Report on sanitation, dispensaries, and jails in Rajputana for 1912, and on vaccination for the year 1912-1913 - 1912-1913
Year: 1912
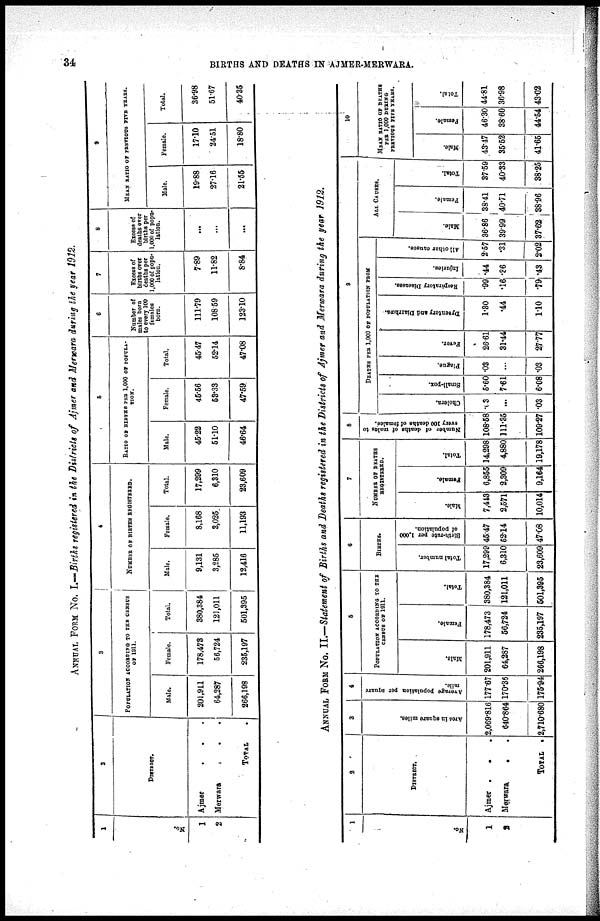
34
BIRTHS AND DEATHS IN AJMER-MERWARA.
ANNUAL FORM No. I.—Births registered in the Districts of Ajmer and Merwara during the year 1912.
1
No.
1
2
2
DISTRICT.
Ajmer
.
. .
Merwara . . .
TOTAL .
3
POPULATION ACCORDING TO THE CENSUS
OF 1911.
Male.
201,911
64,287
266,198
Female.
178,473
56,724
235,197
Total.
380,384
121,011
501,395
4
NUMBER OF BRITHS REGISTERED.
Male.
9,131
3,285
12,416
Female.
8,168
3,025
11,193
Total.
17,299
6,310
23,609
5
RATIO OF BIRTHS PER 1,000 OF POPULA-
----.
Male.
45.22
51.10
46.64
Female.
45.56
53.33
47.59
Total.
45.47
52.14
47.08
6
Number of
males born
to every 100
females
born.
111.79
108.59
123.10
7
Excess of
births over
deaths per
1,000 of popu-
lation.
7.89
11.82
8.84
8
Excess of
deaths over
births per
1,000 of popu-
lation.
...
...
...
9
MEAN RATIO OF PREVIOUS FIVE YEARS.
Male.
19.88
27.16
21.55
Female.
17.10
24.51
18.80
Total.
36.98
51.67
40.35
ANNUAL FORM No. II.—Statement of Births and Deaths registered in the Districts of Ajmer and Merwara during the year 1912.
1
No.
1
2
2
DISTRICT.
Ajmer .
. .
Merwara
.
.
TOTAL .
3
Area in square miles.
2,069.816
640.864
2,710.680
4
Average population per square
mile.
177.67
170.36
175.94
5
POPULATION ACCORDING TO THE
CENSUS OF 1911.
Male.
201,911
64,287
266,198
Female.
178,473
56,724
235,197
Total.
380,384
121,011
501,395
6
BIRTHS.
Total number.
17,299
6,310
23,609
Birth-rate per 1,000
of population.
45.47
52.14
47.08
7
NUMBER OF DEATHS
REGISTERED.
Male.
7,443
2,571
10,014
Female.
6,855
2,309
9,164
Total.
14,298
4,880
19,178
8
Number of deaths of males to
every 100 deaths of females.
108.58
111.35
109.27
9
DEATHS PER 1,000 OF POPULATION FROM
Cholera.
.63
...
.03
Small-pox.
5.60
7.61
6.08
Plague.
.03
...
.03
Fever.
26.61
31.44
27.77
Dysentery and Diarrhœs.
1.30
.44
1.10
Respiratory Diseases.
.99
.16
.79
Injuries.
.44
.36
.43
All other causes.
2.57
.31
2.02
ALL CAUSES.
Male.
36.86
39.99
37.62
Female.
38.41
40.71
38.96
Total.
37.59
40.33
38.25
10
MEAN RATIO OF DEATHS
PER 1,000 DURING
PREVIOUS FIVE YEARS.
Male.
43.47
35.52
41.65
Female.
46.30
38.60
44.54
Total.
44.81
36.98
43.02